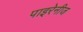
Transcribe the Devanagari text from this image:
पाइरेनीज